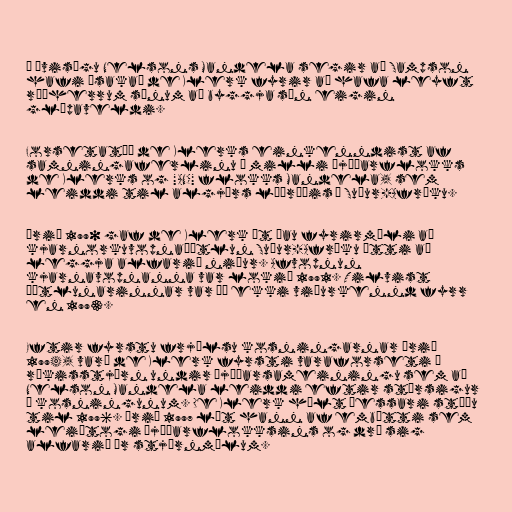
Í ævisögu Nelsons Mandela segir að Sampson
hafi ásakað de Klerk fyrir að hafa leyft
ráðherrum sínum að byggja sín eigin
glæpaveldi.

Forsetatíð de Klerks einkenndist af
samningaferlinu á milli Þjóðarflokks
de Klerks og "ANC" flokks Mandela, sem
leiddi til algjörs lýðræðis í Suður-Afríku.

Árið 1990 gaf de Klerk út þau fyrirmæli að
kjarnorkuvopnaáætlun Suður-Afríku ætti að
leggja alfarið niður. Afvopnun
kjarnavopnanna var lokið 1991. Tilvist
áætlunarinnar var þó ekki viðurkennd fyrr
en 1993.

Eftir fyrstu frjálsu kosningarnar árið
1994, varð de Klerk fyrsti varaforseti í
ríkisstjórn undir þjóðarsameiningu sem að
Nelson Mandela leiddi eftir stórsigur
í kosningunum. De Klerk hélt þessari stöðu
til 1996. Árið 1997 lét hann af embætti sem
leiðtogi Þjóðarflokksins og dró sig
alfarið úr stjórnmálum.